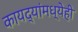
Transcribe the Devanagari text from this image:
कायद्यांमध्येही